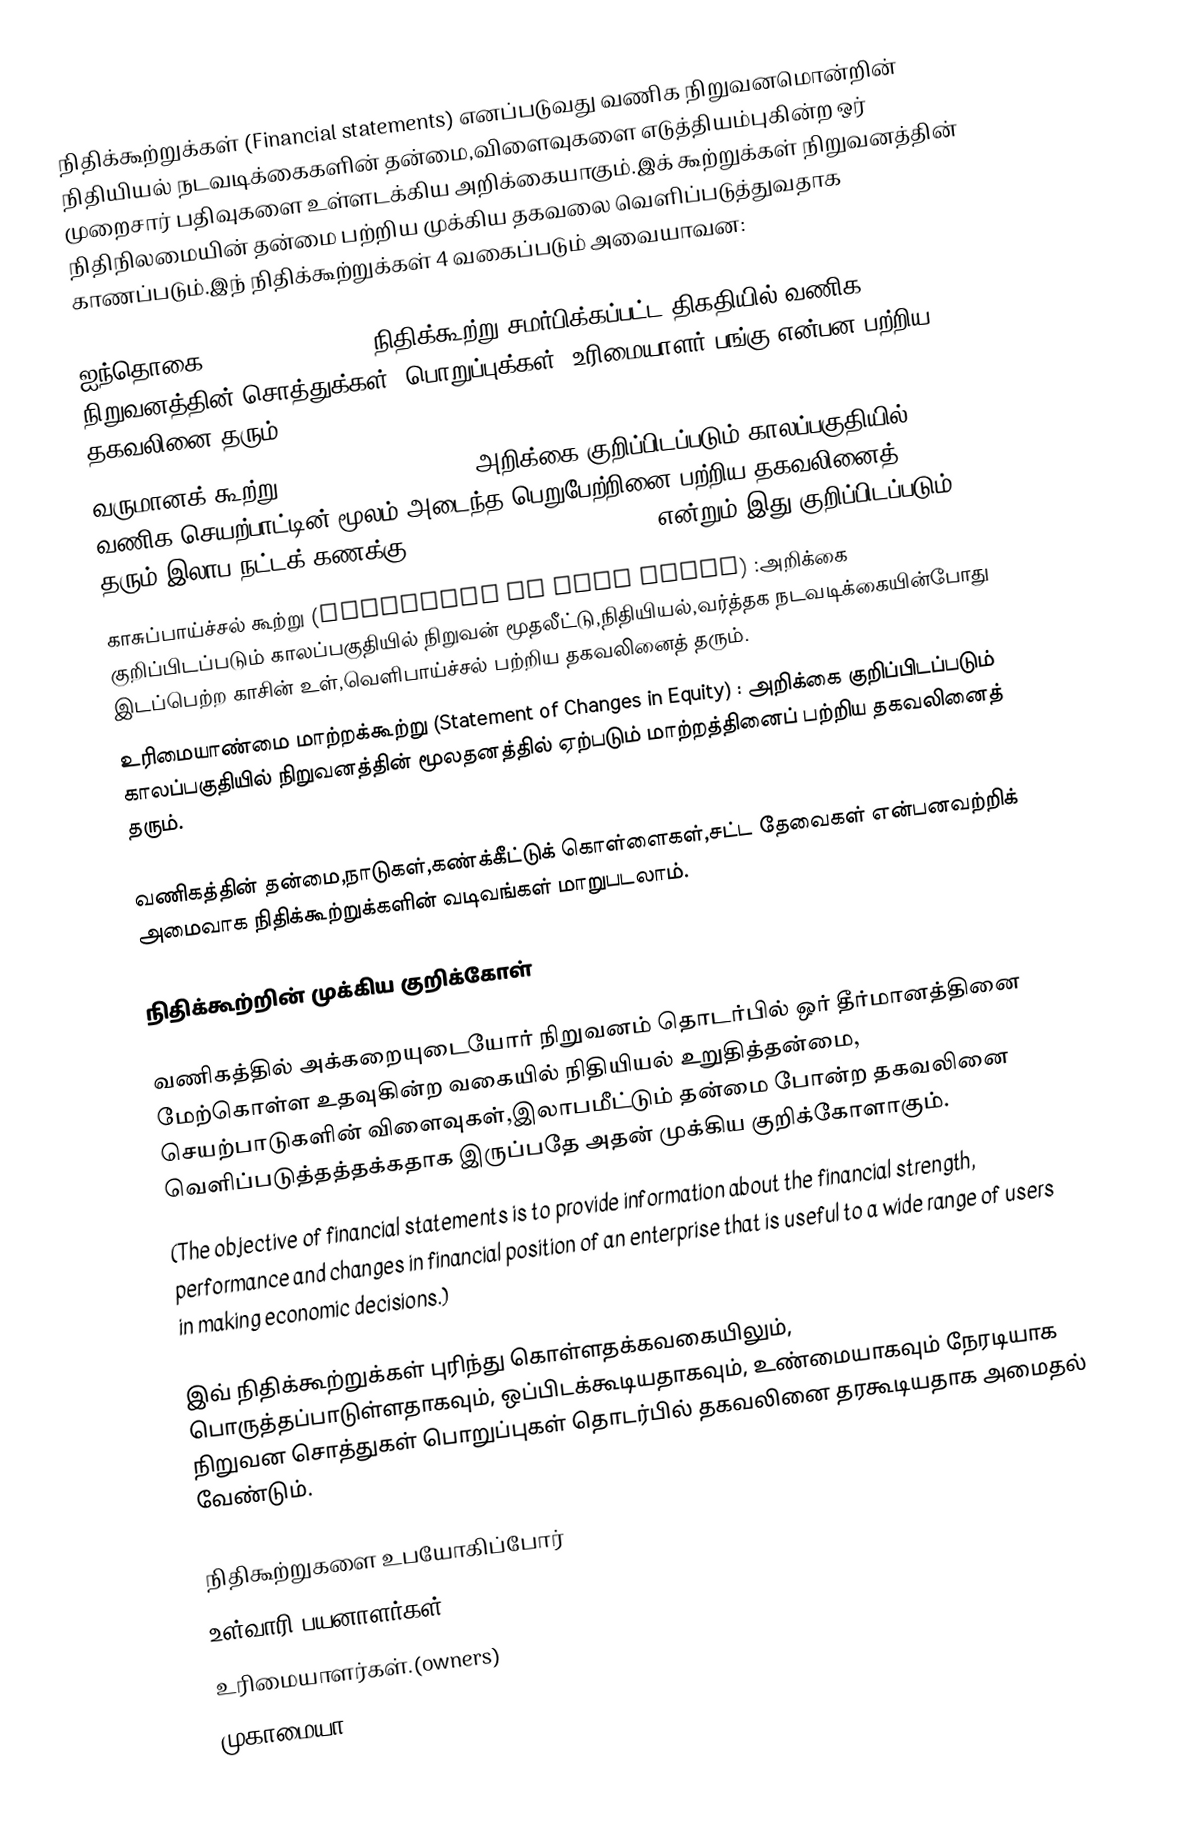
நிதிக்கூற்றுக்கள் (Financial statements) எனப்படுவது வணிக நிறுவனமொன்றின் நிதியியல் நடவடிக்கைகளின் தன்மை,விளைவுகளை எடுத்தியம்புகின்ற ஒர் முறைசார் பதிவுகளை உள்ளடக்கிய அறிக்கையாகும்.இக் கூற்றுக்கள் நிறுவனத்தின் நிதிநிலமையின் தன்மை பற்றிய முக்கிய தகவலை வெளிப்படுத்துவதாக காணப்படும்.இந் நிதிக்கூற்றுக்கள் 4 வகைப்படும் அவையாவன:

 ஐந்தொகை (Balance sheet) : நிதிக்கூற்று சமர்பிக்கப்பட்ட திகதியில் வணிக நிறுவனத்தின் சொத்துக்கள், பொறுப்புக்கள், உரிமையாளர் பங்கு என்பன பற்றிய தகவலினை தரும்.
 வருமானக் கூற்று (Income statement) : அறிக்கை குறிப்பிடப்படும் காலப்பகுதியில் வணிக செயற்பாட்டின் மூலம் அடைந்த பெறுபேற்றினை பற்றிய தகவலினைத் தரும்.இலாப நட்டக் கணக்கு (Profit or loss statement) என்றும் இது குறிப்பிடப்படும்.
 காசுப்பாய்ச்சல் கூற்று (Statement of cash flows) :அறிக்கை குறிப்பிடப்படும் காலப்பகுதியில் நிறுவன் மூதலீட்டு,நிதியியல்,வர்த்தக நடவடிக்கையின்போது இடப்பெற்ற காசின் உள்,வெளிபாய்ச்சல் பற்றிய தகவலினைத் தரும்.
 உரிமையாண்மை மாற்றக்கூற்று (Statement of Changes in Equity) : அறிக்கை குறிப்பிடப்படும் காலப்பகுதியில் நிறுவனத்தின் மூலதனத்தில் ஏற்படும் மாற்றத்தினைப் பற்றிய தகவலினைத் தரும்.

வணிகத்தின் தன்மை,நாடுகள்,கண்க்கீட்டுக் கொள்ளைகள்,சட்ட தேவைகள் என்பனவற்றிக் அமைவாக நிதிக்கூற்றுக்களின் வடிவங்கள் மாறுபடலாம்.

நிதிக்கூற்றின் முக்கிய குறிக்கோள்

வணிகத்தில் அக்கறையுடையோர் நிறுவனம் தொடர்பில் ஒர் தீர்மானத்தினை மேற்கொள்ள உதவுகின்ற வகையில் நிதியியல் உறுதித்தன்மை, செயற்பாடுகளின் விளைவுகள்,இலாபமீட்டும் தன்மை போன்ற தகவலினை வெளிப்படுத்தத்தக்கதாக இருப்பதே அதன் முக்கிய குறிக்கோளாகும்.
(The objective of financial statements is to provide information about the financial strength, performance and changes in financial position of an enterprise that is useful to a wide range of users in making economic decisions.)

இவ் நிதிக்கூற்றுக்கள் புரிந்து கொள்ளதக்கவகையிலும், பொருத்தப்பாடுள்ளதாகவும், ஒப்பிடக்கூடியதாகவும், உண்மையாகவும் நேரடியாக நிறுவன சொத்துகள் பொறுப்புகள் தொடர்பில் தகவலினை தரகூடியதாக அமைதல் வேண்டும்.

நிதிகூற்றுகளை உபயோகிப்போர்
உள்வாரி பயனாளர்கள் (Internal Users) :
 உரிமையாளர்கள்.(owners)
 முகாமையா